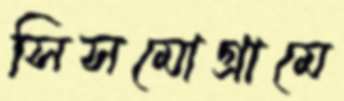
সিসমোগ্রামে